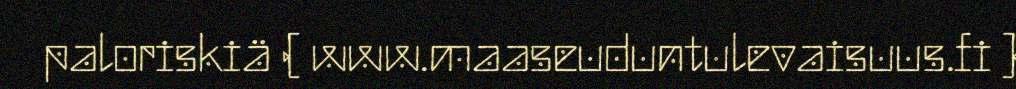
paloriskiä ( www.maaseuduntulevaisuus.fi )